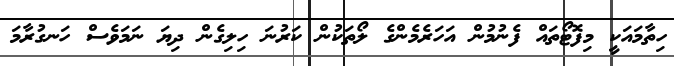
ހިތާމައަކީ މިފޮޓޯތައް ފެނުމުން އަހަރެމެންގެ ލޯތަކުން ކަރުނަ ހިލިގެން ދިޔަ ނަމަވެސް ހަނގުރާމަ